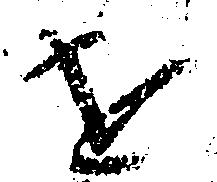
を